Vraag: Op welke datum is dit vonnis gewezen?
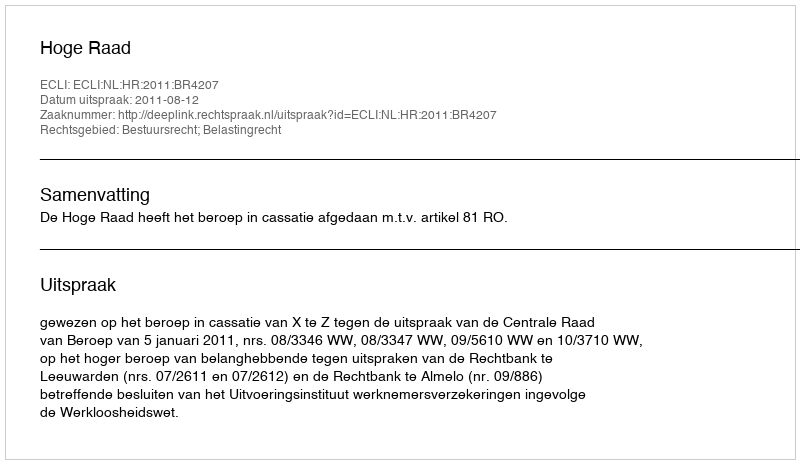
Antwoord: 2011-08-12